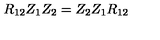
R _ { 1 2 } Z _ { 1 } Z _ { 2 } = Z _ { 2 } Z _ { 1 } R _ { 1 2 }